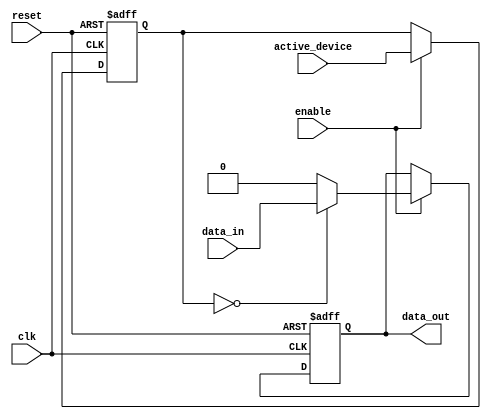
module IO_Bus_Switch (
    input wire clk,
    input wire reset,
    input wire enable,
    input wire [2:0] active_device,
    input wire data_in,
    output reg data_out
);

reg [2:0] current_device;

always @(posedge clk or posedge reset) begin
    if (reset) begin
        current_device <= 3'b000; // Initialize to device 0
        data_out <= 0;
    end else if (enable) begin
        current_device <= active_device;
        case (current_device)
            3'b000: data_out <= data_in; // Device 0
            3'b001: data_out <= 1'b0; // Device 1
            3'b010: data_out <= 1'b0; // Device 2
            default: data_out <= 1'b0; // Default case
        endcase
    end
end

endmodule